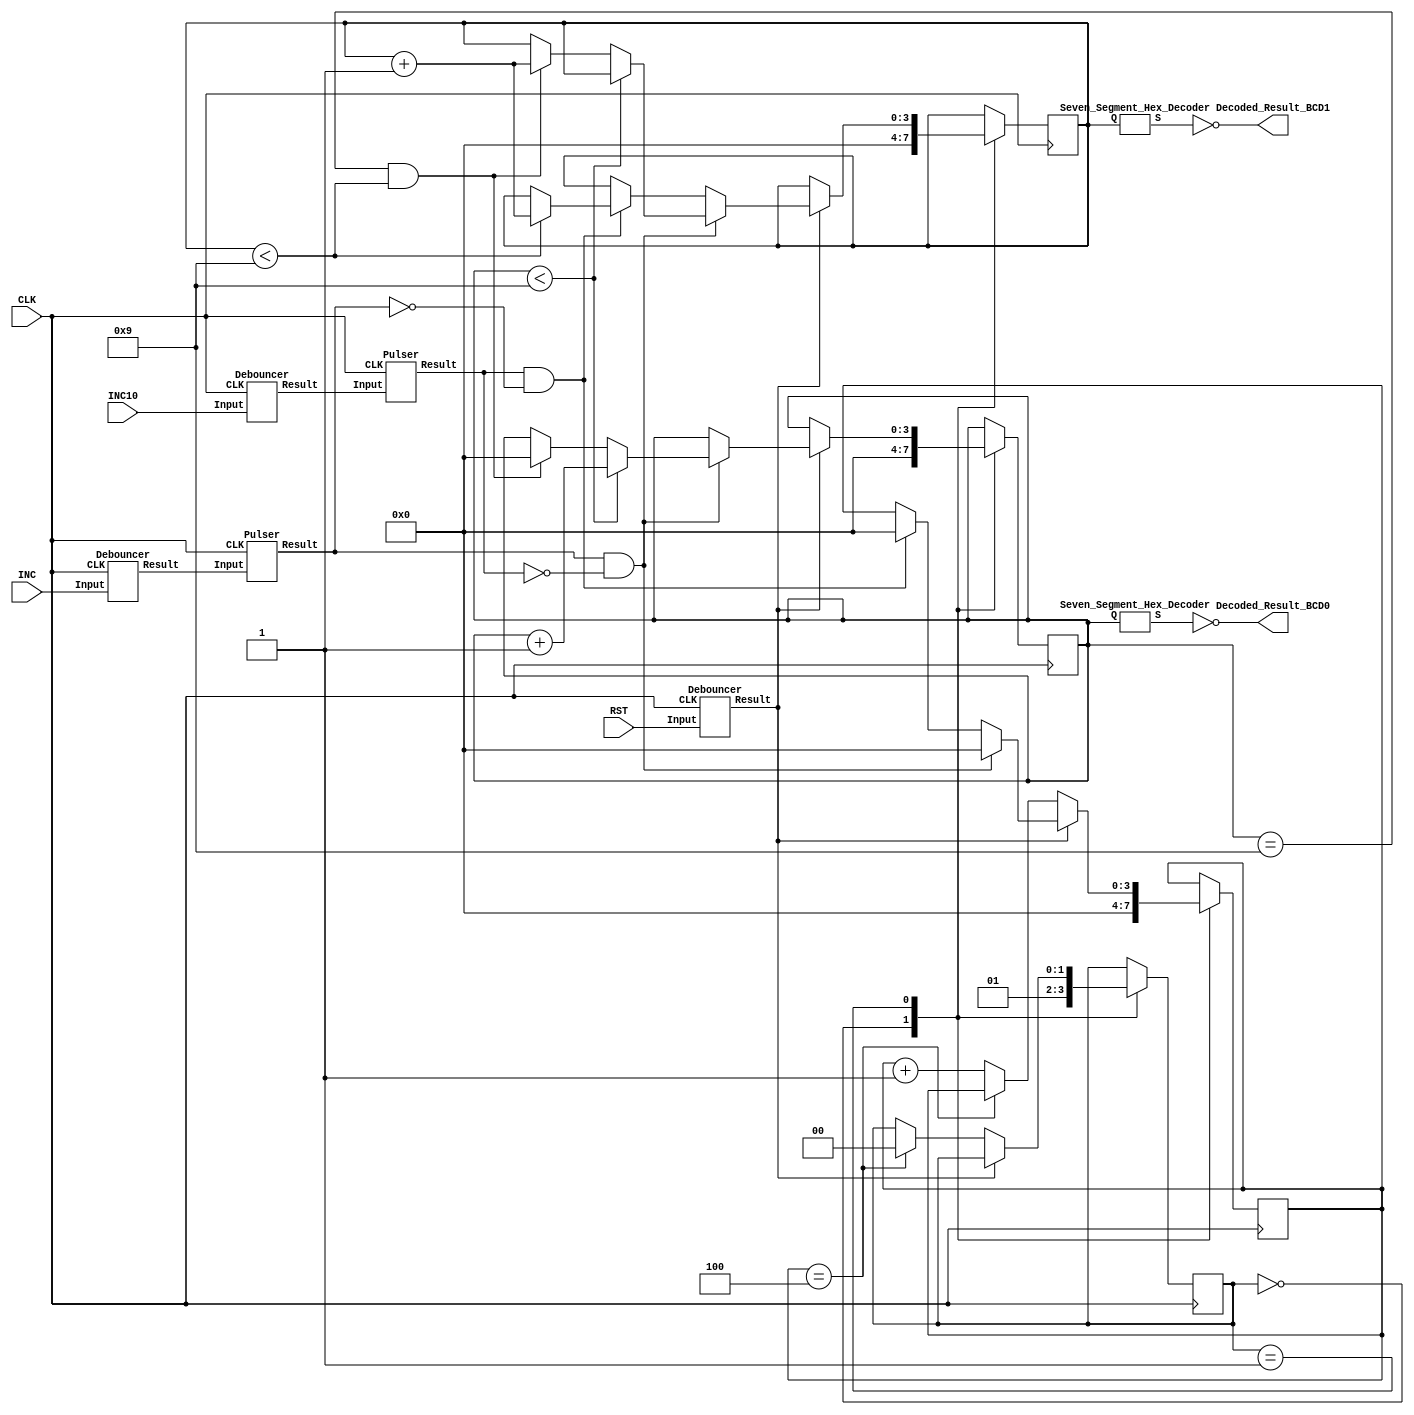
/*=====================================


Jin Rhim
922385903
jrhim@sfsu.edu

ENGR 378 Lab 5

the score can be increments by 1 or 10 by INC1 or INC10. 

Press reset for 5 times.


======================================*/


module scoreboard_controller (INC, INC10, RST, CLK, Decoded_Result_BCD1, Decoded_Result_BCD0 );

input INC;
input INC10;
input RST;
input CLK; 


reg[3:0] BCD1;  //display 1 
reg[3:0] BCD0;  //display 0

reg[3:0] reset_counter;  // reset is from 0 to 5. 
reg [1:0] state; // There is two state, 0 and 1. 

wire [6:0] Reg_BCD1; // Value input for 7-segment decoder digit 1. 
wire [6:0] Reg_BCD0; // value input for 7-segment decoder digit 0. 

output [6:0] Decoded_Result_BCD1; //decoded result for 7-segment decoder 1
output [6:0] Decoded_Result_BCD0; //decoded result for 7-segment decoder 0


//Below module will convert number input to LED input.
Seven_Segment_Hex_Decoder SSHD1(BCD1, Reg_BCD1);
Seven_Segment_Hex_Decoder SSHD0(BCD0, Reg_BCD0);

//LED is negative logic --> flip the result
assign Decoded_Result_BCD1 = ~Reg_BCD1;
assign Decoded_Result_BCD0 = ~Reg_BCD0;


//Button debouncing wire
wire debounced_INC;
wire debounced_INC10;
wire debounced_RST; 

wire pulser_INC;
wire pulser_INC10;

//BTN --> debounced_BTN
Debouncer D0(CLK, INC, debounced_INC);
Debouncer D1(CLK, INC10, debounced_INC10);
Debouncer D2(CLK, RST, debounced_RST);

Pulser P0(CLK, debounced_INC, pulser_INC);
Pulser P1(CLK, debounced_INC10, pulser_INC10);

initial begin 
	BCD1 = 4'b0000;
	BCD0 = 4'b0000; 
	reset_counter <= 0; 
	state <= 0;
end


always @(posedge CLK) 
begin 
	case (state) 
	0: 
		begin  
			//at beginning, both digit = 0, counter = 0, state = 1.
			BCD1 <= 4'b0000;
			BCD0 <= 4'b0000; 
			reset_counter <= 0; 
			state <= 1; 
		end 
		
	1: 
		begin 
		
			if (debounced_RST == 1'b0) // IF RST is pressed --> state: 0 
			begin 
				//if reset count is 5, state --> 0 (Clear LED)
				if (reset_counter == 4) 
				begin 
				 state <= 0; 
				end 
				else  
				begin 
					reset_counter <= reset_counter+1; 
				end
			end
			
			//IF INC is pressed
			else if (pulser_INC == 1'b1 && pulser_INC10 == 1'b0) 
			
			begin 
				reset_counter <= 0; 
				if (BCD0 < 4'b1001)  //if first digit is less than 9 
				
				begin 
					BCD0 <= BCD0 +1; //add 1 to digit0. 
				end 
				
				else if (BCD0 == 4'b1001 && BCD1 < 4'b1001)
				//if first digit is 9 && second digit less than 9
				
				begin 
				BCD1 <= BCD1 + 1; // add 1 to digit1. 
				BCD0 <= 4'b0000;  //set digit0 as 0.
				end
				
				else 
				
				begin 
					BCD1 <= BCD1; //nothing change, since 99
					BCD0 <= BCD0;
				end
				
			end 
			//IF INC10 is pressed
			else if (pulser_INC10 == 1'b1 && pulser_INC == 1'b0) 
			
			begin 
				reset_counter <= 0;
				
				if (BCD1 < 4'b1001) //if second digit is less than 9
				begin 
					BCD1 <= BCD1 + 1; //add 1 to digit 1
				end 
				
				else if (BCD1 == 4'b1001) 
				
				begin 
					BCD1 <= BCD1; //nothing change, since 99.
				end 
			end
			end
	endcase	

end

endmodule


module Seven_Segment_Hex_Decoder(Q, S);
input [3:0] Q;
output reg [6:0] S;

always @* begin 
	if (Q == 4'b0000)    // 0
		begin
		S = 7'b0111111;  
		end
	else if (Q == 4'b0001) // 1
		begin
		S = 7'b0000110;
		end
	else if (Q == 4'b0010) // 2
		begin
		S = 7'b1011011;
		end
	else if (Q == 4'b0011) // 3
		begin
		S = 7'b1001111;
		end
	else if (Q == 4'b0100) // 4
		begin
		S = 7'b1100110;
		end
	else if (Q == 4'b0101) // 5
		begin
		S = 7'b1101101;
		end
	else if (Q == 4'b0110) // 6
		begin
		S = 7'b1111101;
		end
	else if (Q == 4'b0111) //7 
		begin
		S = 7'b0000111;
		end
	else if (Q == 4'b1000) // 8
		begin
		S = 7'b1111111;
		end
	else if (Q == 4'b1001)   //this is 9
		begin
		S = 7'b1101111;
		end
	else if (Q == 4'b1010) // 10
		begin
		S = 7'b1110111;
		end
	else if (Q == 4'b1011) // 11
		begin
		S = 7'b1111100;
		end
	else if (Q == 4'b1100) // 12
		begin
		S = 7'b0111001;
		end
	else if (Q == 4'b1101) // 13 
		begin
		S = 7'b1011110;
		end
	else if (Q == 4'b1110) // 14 
		begin
		S = 7'b1111001;
		end
	else if (Q == 4'b1111) // 15
		begin
		S = 7'b1110001;
		end
	else 
		begin     //For debugging purpose
		$display("decoder error: Q=%d", Q);
		end
	
	
end
endmodule
		
//signal --> Debouncer --> Pulse Generator
		
		
module Debouncer(CLK, Input, Result);

input CLK; 
input Input; 
output Result;

reg [1:0] debouncer; 

always @ (posedge CLK) 
begin 
	debouncer[0] <= Input; 
	debouncer [1] <= debouncer [0];  
end 
 assign Result = debouncer[0] & debouncer[1]; //-------|________
endmodule
	
	
module Pulser(CLK, Input, Result);

input CLK; 
input Input; 
output Result;
 
reg [1:0] pulse_generator; //cannot use wire in the always@

always @ (posedge CLK) 
begin 
	pulse_generator[0] <= Input; 
	pulse_generator[1] <= pulse_generator[0];    //____|========
end 
 assign Result = (~pulse_generator[0]) & (pulse_generator[1]);
endmodule